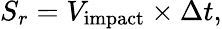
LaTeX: S_{r}=V_{\mathrm{{impact}}}\times\Delta t,